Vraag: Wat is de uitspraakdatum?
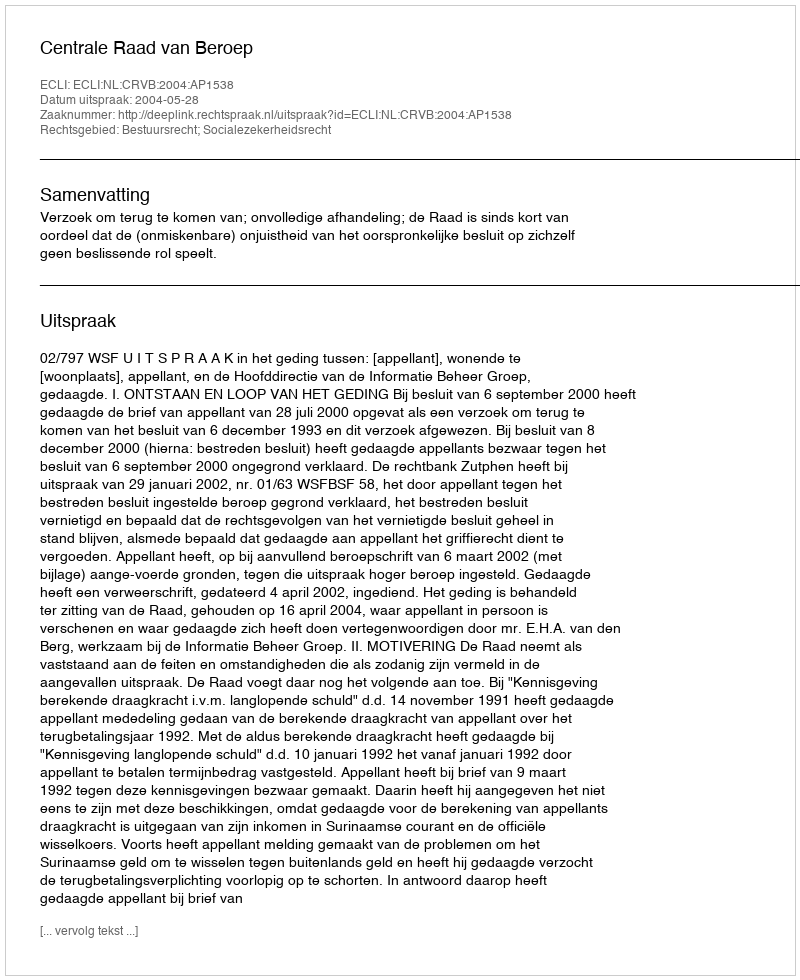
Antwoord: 2004-05-28